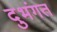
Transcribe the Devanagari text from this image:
दुभंगत